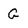
Character: G